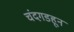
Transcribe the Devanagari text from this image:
चंदगडहून